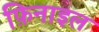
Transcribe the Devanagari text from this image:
फ़िनाइल